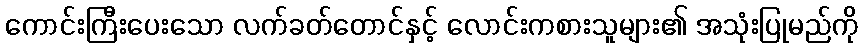
ကောင်းကြီးပေးသော လက်ခတ်တောင်နှင့် လောင်းကစားသူများ၏ အသုံးပြုမည်ကို